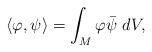
\begin{align*}\left\langle\varphi ,\psi\right\rangle=\int_{M}\varphi\bar{\psi}\ dV,\end{align*}